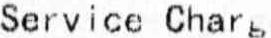
SERVICE CHARG